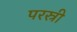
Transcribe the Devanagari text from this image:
परस्री